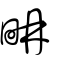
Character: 畘